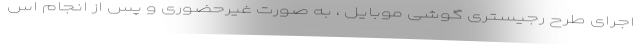
اجرای طرح رجیستری گوشی موبایل ، به صورت غیرحضوری و پس از انجام اس